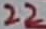
Text: 22